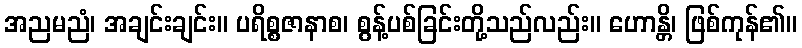
အညမညံ၊ အချင်းချင်း။ ပရိစ္စဇာနာစ၊ စွန့်ပစ်ခြင်းတို့သည်လည်း။ ဟောန္တိ၊ ဖြစ်ကုန်၏။